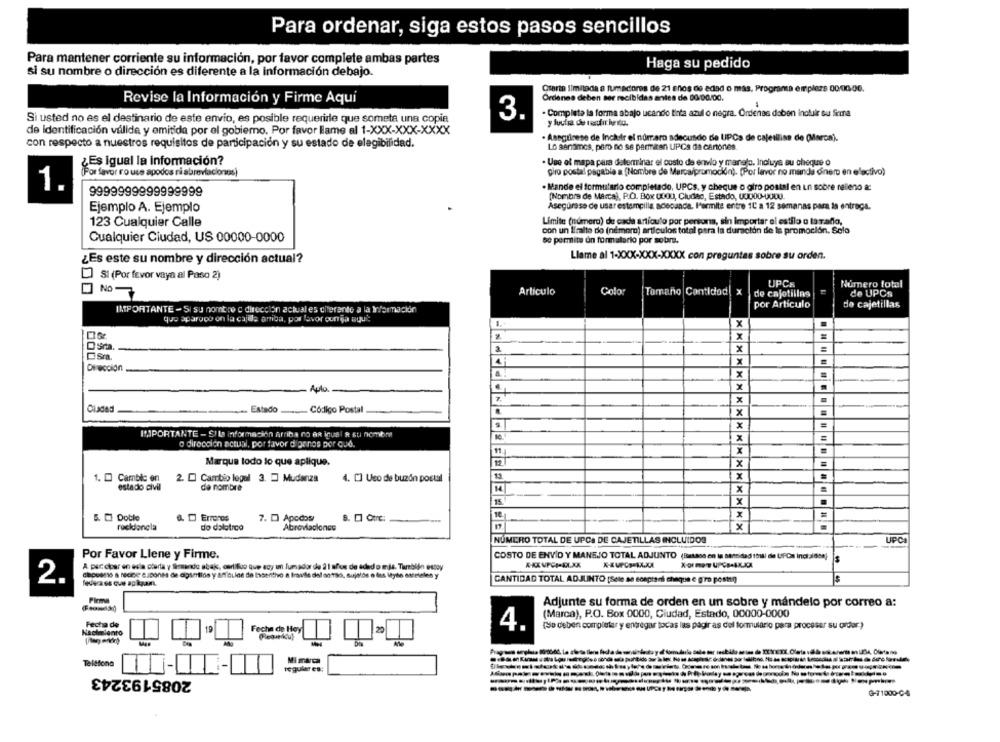
Para ordenar, siga estos pasos sencillos
Para mantener corriente su información, por favor complete ambas partes
Haga su pedido
si su nombre o dirección es diferente a la información debajo.
Ctarta limitada a fumadores de 21 años de edad o más, Programa emplers 00/00,00.
Ordenes deben ser recibidas antes de 00:00.00.
Revise la Información y Firme Aqui
-
- Completa la forma abajo ucando tinta azul o negra. Ordenes daben incluir su firma
Si usted no es el destinario de este envio, es posible requerirle que someta una copia
3.
de Identificación valide y emitida por el gobiemo. Por favor lame al 1-XXX-XXX-XXXX
· Asegúrese de Incluir el número adecusdo de UPCs de cajetilise de (Marca).
con respecto a nuestros requisitos de participación y su estado de elegibilidad.
Lo sentimos, pero no se permiten UPCs da cartones
¿Es igual la información?
- Use of mapa para determinar el costo de envio y manejo. Incluye su cheque o
giro postal pagabla a [Nombre de Marca/promoción). (Por lavor no manda dinero en elactivo)
(Por favor ro use apodos ri abreviacionts)
. Mande el formulario completado, UPCs, y cheque o giro postal en in sobre relleno a:
1.
9999999999999999
[Nombre de Marca), P.O. Box GOOD, Cluded, Estado, UJU00-000.
Ejemplo A. Ejemplo
Asegúrese de usar estampilla acecanda. Permite entre 1C a 12 semanas para is entrega.
123 Cualquier Calle
Límite (número) de cada artículo por persona, sin importar el estilo o ta Tadlo,
con un liralte do (nemero) articulos total pera la duración de la promoción, Solo
Cualquier Ciudad, US 00000-0000
se permite un formulario por sobre.
¿Es este su nombre y dirección actual?
Llame al 1-XXX-XXX-XXXX con preguntas sobre su orden.
SI (Por favor vaya al Paso 2)
UPCs
Color
Número total
O NO
Articulo
Tomano Contidod. x
de cajetillas
de UPCs
por Articulo
de cajetillas
IMPORTANTE - SI su nombre c dirección actual es diferente a la Información
que apareço on la cajille arriba, por favor ounja suui:
1.
X
X
x
=
Sta.
x
x
Dirección
x
x
.
Apla.
Z
x
Ciudad
... Estado ..... Codigo Postal
x
x
IMPORTANTE - SIla información arriba ro At inuel R su nombre!
x
o dirección actual, por favor digenos por que.
11
x
12
Marque todo lo que aplique.
x
1. [ Cambio on
2. [ Cambio legal 3. = Mudanza
4. [] Uso de buzón postal
1 X
estado civil
de nombre
14
x
x
10
5. El Doble
a. D Errores
7. D) Apodos
S. D Onc:
x
rucklongla
do dalotico
Abrovlasionce
NÚMERO TOTAL DE UPCs DE CAJETILLAS INCLUIDOS
Por Favor Llene y Firme.
COSTO DE ENVÍO Y MANEJO TOTAL ADJUNTO (Betase en in santidad thull de UfCs inci dlost)
A pac cioer en esta oferta y ficando abak, certifico que acy im fumador de 2 1 años de edado más. También estoy
$
$
2.
CANTIDAD TOTAL ADJUNTO (Sole se scepiani chaque e gro posten)
Pleme
Adjunte su forma de orden en un sobre y mándelo por correo a:
(Marca), P.O. Box 0000, Ciudad, Estado, 00000-0000
Fecha de
Nacimiento
19
Fecha de Hoy
20
4.
(Se deben completar y entregar todas las pagir as del formulario para procesar su order)
Resirkul
Mind
Telefona
togulares:
2085193243
₲-71000-C-4